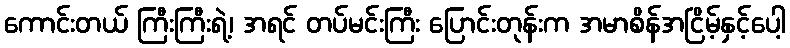
ကောင်းတယ် ကြီးကြီးရဲ့၊ အရင် တပ်မင်းကြီး ပြောင်းတုန်းက အမာစိန်အငြိမ့်နှင့်ပေါ့